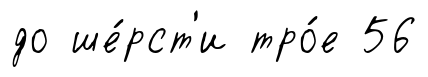
до ше́рст'и тро́е 56